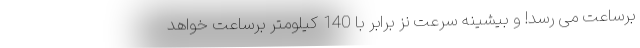
برساعت می رسد! و بیشینه سرعت نز برابر با 140 کیلومتر برساعت خواهد